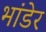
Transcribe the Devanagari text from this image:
भांडेर